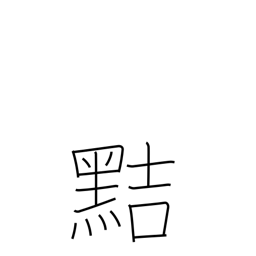
Meaning: crafty